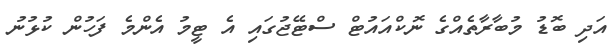
އަދި ބޮޑު މުބާރާތެއްގެ ނޮކްއައުޓް ސްޓޭޖުގައި އެ ޓީމު އެންމެ ފަހުން ކުޅުނު